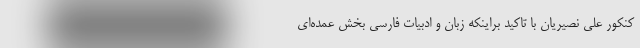
کنکور علی نصیریان با تاکید براینکه زبان و ادبیات فارسی بخش عمده‌ای